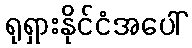
ရုရှားနိုင်ငံအပေါ်